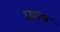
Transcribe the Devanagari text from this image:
फ्राप